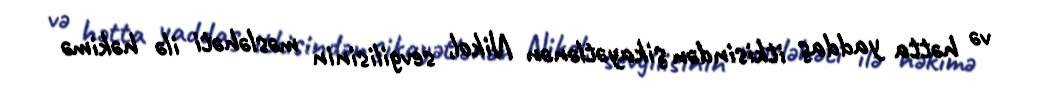
və hətta yaddaş itkisindən şikayətlənən Nikol, sevgilisinin məsləhəti ilə həkimə